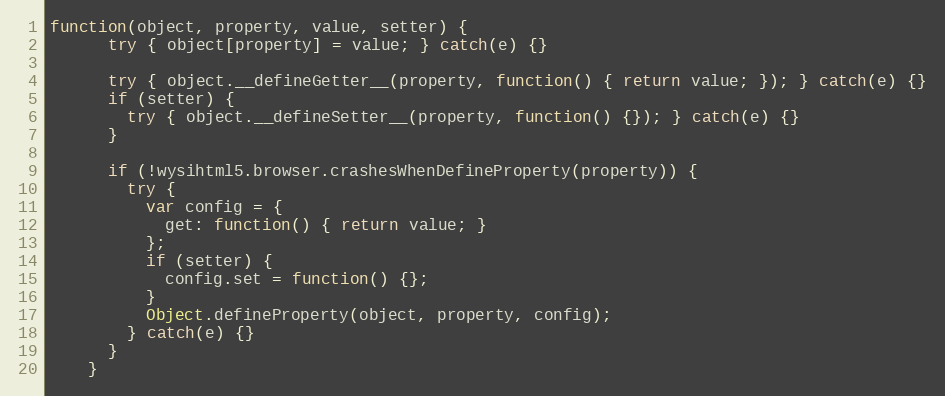
Language: JavaScript
function(object, property, value, setter) {
      try { object[property] = value; } catch(e) {}

      try { object.__defineGetter__(property, function() { return value; }); } catch(e) {}
      if (setter) {
        try { object.__defineSetter__(property, function() {}); } catch(e) {}
      }

      if (!wysihtml5.browser.crashesWhenDefineProperty(property)) {
        try {
          var config = {
            get: function() { return value; }
          };
          if (setter) {
            config.set = function() {};
          }
          Object.defineProperty(object, property, config);
        } catch(e) {}
      }
    }